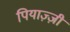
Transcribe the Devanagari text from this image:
पियाज़्ज़ी